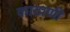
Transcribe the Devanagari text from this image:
काठाणी